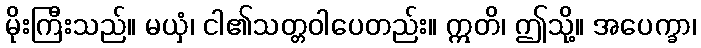
မိုးကြီးသည်။ မယှံ၊ ငါ၏သတ္တဝါပေတည်း။ ဣတိ၊ ဤသို့။ အပေက္ခာ၊